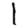
Digit: 1